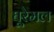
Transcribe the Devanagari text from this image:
घूरेमल